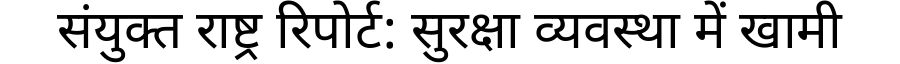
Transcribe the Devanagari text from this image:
संयुक्त राष्ट्र रिपोर्ट: सुरक्षा व्यवस्था में खामी